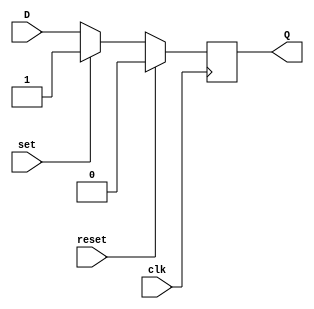
module d_ff_reset_set (
    input wire clk,
    input wire reset,
    input wire set,
    input wire D,
    output reg Q
);

always @(posedge clk) begin
    if (reset) begin
        Q <= 0; // Clear output to predefined state
    end else if (set) begin
        Q <= 1; // Set output to predefined value
    end else begin
        Q <= D; // Store input data on rising edge of clock
    end
end

endmodule